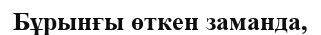
Бұрынғы өткен заманда,